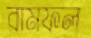
রামফল